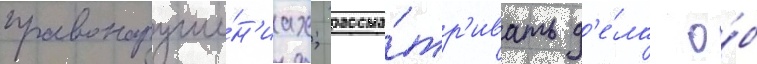
правонаруше́н'иах; рассма́тр'ивать д'е́ла о́б